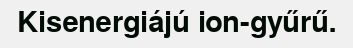
Kisenergiájú ion-gyűrű.